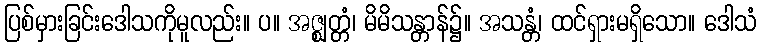
ပြစ်မှားခြင်းဒေါသကိုမူလည်း။ ပ။ အဇ္ဈတ္တံ၊ မိမိသန္တာန်၌။ အသန္တံ၊ ထင်ရှားမရှိသော။ ဒေါသံ